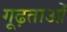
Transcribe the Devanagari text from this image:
गूढ़ताओं